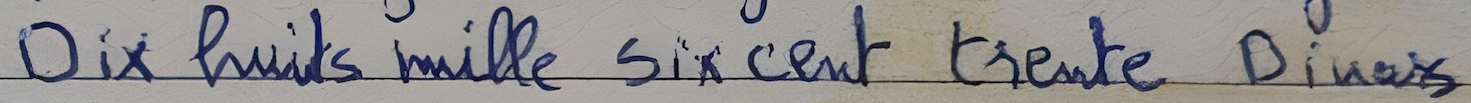
Dix huits mille six cent trente Dinars